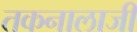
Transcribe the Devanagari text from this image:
तकनालाजी